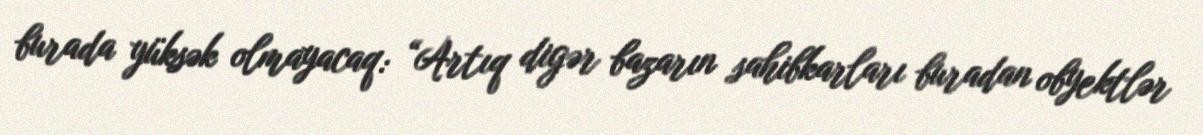
burada yüksək olmayacaq: “Artıq digər bazarın sahibkarları buradan obyektlər